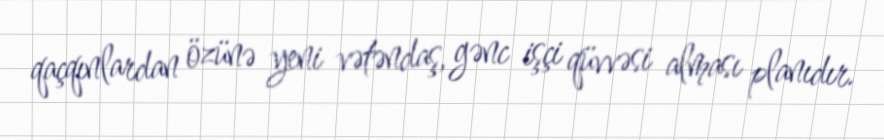
qaçqınlardan özünə yeni vətəndaş, gənc işçi qüvvəsi alması planıdır.